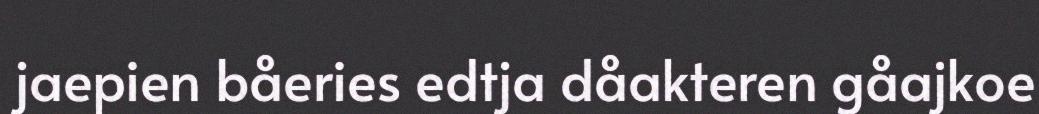
jaepien båeries edtja dåakteren gåajkoe